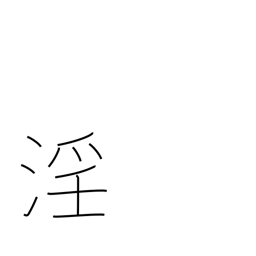
Meaning: licentiousness